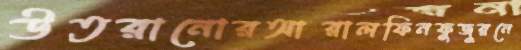
উতরানোরআরালফিনফুজুরনে